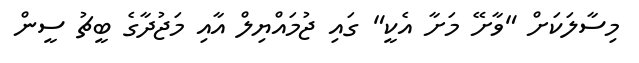
މިސާލަކަށް "ވާށޭ މަށާ އެކީ" ގައި ޖުމައްޔިލް އާއި މަޖުދާގެ ބީޗު ސީން